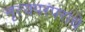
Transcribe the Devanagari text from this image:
नृत्यपरंपरांचे